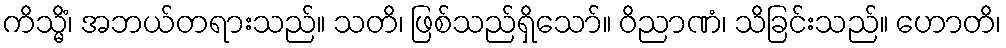
ကိသ္မိံ၊ အဘယ်တရားသည်။ သတိ၊ ဖြစ်သည်ရှိသော်။ ဝိညာဏံ၊ သိခြင်းသည်။ ဟောတိ၊